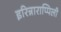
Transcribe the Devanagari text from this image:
इरिन्नाराप्पिली